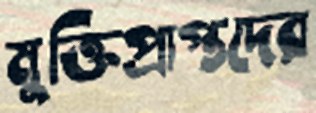
মুক্তিপ্রাপ্তদের